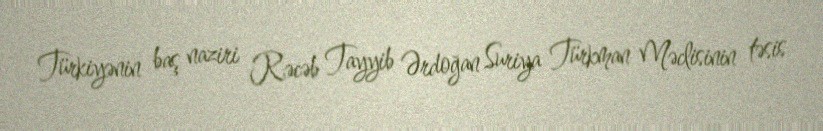
Türkiyənin baş naziri Rəcəb Tayyib Ərdoğan Suriya Türkman Məclisinin təsis